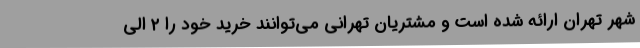
شهر تهران ارائه شده است و مشتریان تهرانی می‌توانند خرید خود را ۲ الی